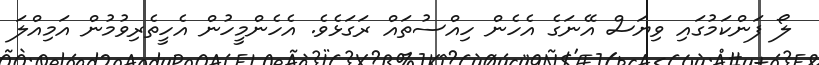
ލޯ ފަންކަމުގައި ވިޔަސް އޭނަގެ އެހެން ހިއްސުތައް ރަގަޅެވެ. އެހެންމީހުން އެހީތެރިވުމުން އަމިއްލަ